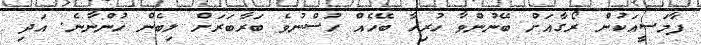
ފާމަސީއަކުން ރޯގާއަށް ބޭނުންވާ ހުރިހާ ބޭހެއް ހުސްނުވެ ބަރާބަރަށް ލިބެން ހުންނާނެ. އަދި